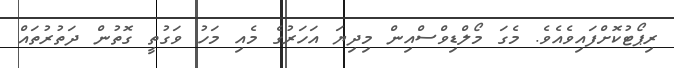
ރިޕޯޓުކޮށްފައިވެއެވެ. މެގަ މޯލްޑިވްސްއިން މިދިޔަ އަހަރުގެ މެއި މަހު ވަގުތީ ގޮތުން ދަތުރުތައް